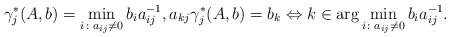
\begin{align*}\gamma_j^*(A,b)&=\min_{i\colon a_{ij}\neq 0} b_i a_{ij}^{-1},a_{kj} \gamma_j^*(A,b)= b_k\Leftrightarrow k\in\arg\min_{i\colon a_{ij}\neq 0} b_i a_{ij}^{-1}.\end{align*}